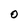
Character: O